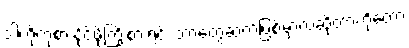
ဒါကိုကုစားနိုင်ဖို့ကြိုးစားရင်း ဘာတွေဆက်ဖြစ်မှာလဲဆိုတာကိုတော့